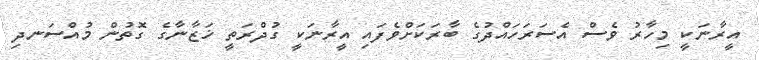
އީރާނަކީ މިހާރު ވެސް އެސަރަހައްދުގެ ބާރަކަށްވެފައި އީރާނަކީ ގުދްރަތީ ޚަޒާނާގެ ގޮތުން މުއްސަނދި